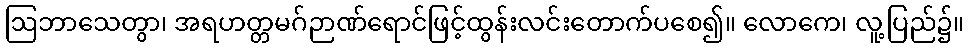
ဩဘာသေတွာ၊ အရဟတ္တမဂ်ဉာဏ်ရောင်ဖြင့်ထွန်းလင်းတောက်ပစေ၍။ လောကေ၊ လူ့ပြည်၌။